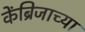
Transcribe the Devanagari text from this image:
केंब्रिजाच्या